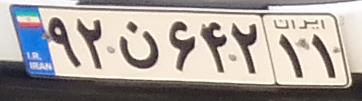
۹۲ن۶۴۲۱۱